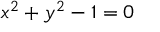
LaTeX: x ^ { 2 } + y ^ { 2 } - 1 = 0